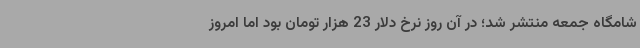
شامگاه جمعه منتشر شد؛ در آن روز نرخ دلار 23 هزار تومان بود اما امروز